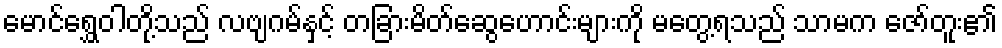
မောင်ရွှေဝါတို့သည် လဗျဂမ်နှင့် တခြားမိတ်ဆွေဟောင်းများကို မတွေ့ရသည် သာမက ဇော်တူး၏